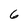
Character: 6